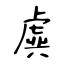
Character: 虡